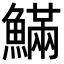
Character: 𩺴